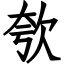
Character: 㰭